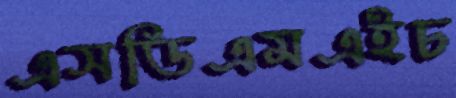
এসডিএমএইচ